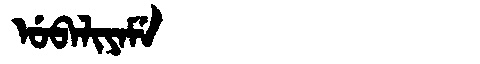
Manchu: ᡠᠪᠠᠯᡳᠶᠠᠮᡝ
Romanization: UBALIYAME